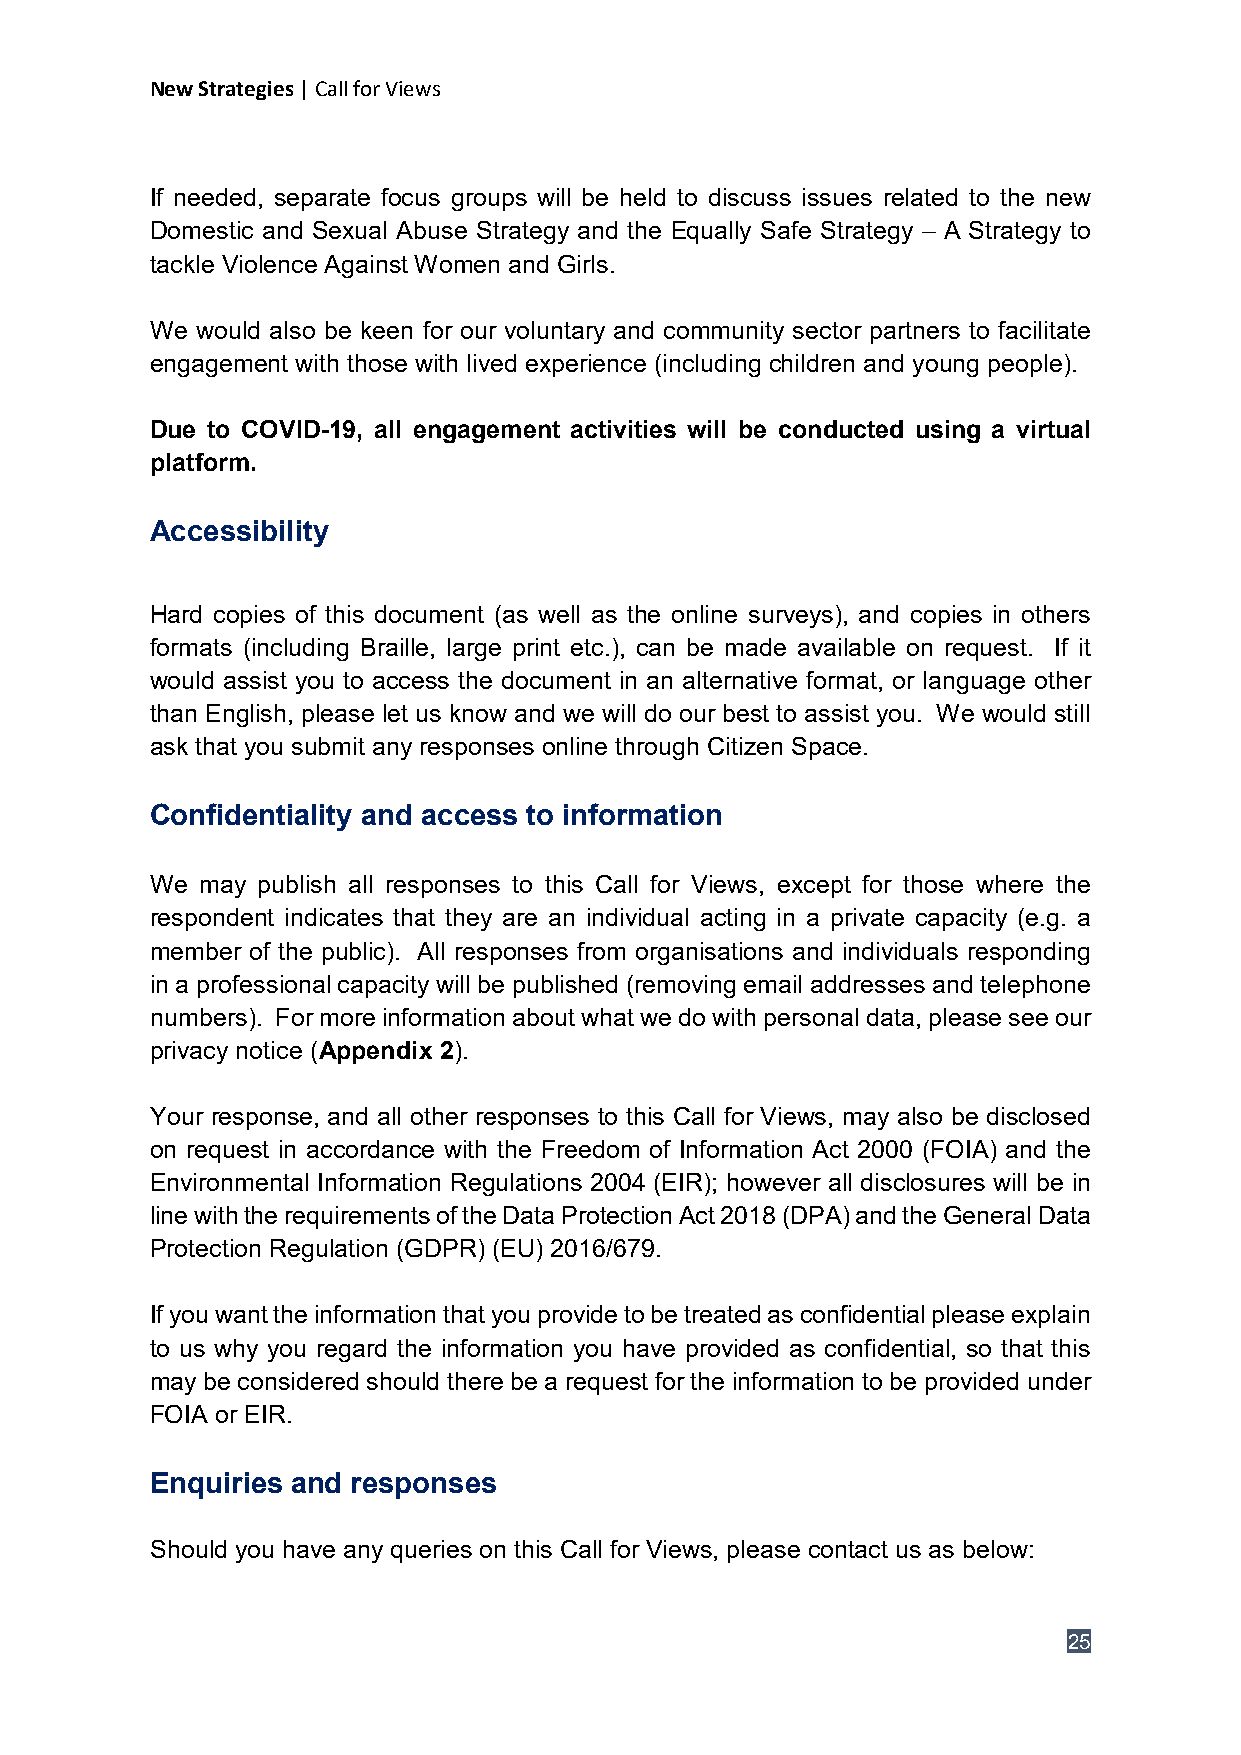
New Strategies | Call for Views
 If needed, separate focus groups will be held to discuss issues related to the new
 Domestic and Sexual Abuse Strategy and the Equally Safe Strategy – A Strategy to
 tackle Violence Against Women and Girls.
 We would also be keen for our voluntary and community sector partners to facilitate
 engagement with those with lived experience (including children and young people).
 Due to COVID-19, all engagement activities will be conducted using a virtual
 platform.
 Accessibility
 Hard copies of this document (as well as the online surveys), and copies in others
 formats (including Braille, large print etc.), can be made available on request. If it
 would assist you to access the document in an alternative format, or language other
 than English, please let us know and we will do our best to assist you. We would still
 ask that you submit any responses online through Citizen Space.
 Confidentiality and access to information
 We may publish all responses to this Call for Views, except for those where the
 respondent indicates that they are an individual acting in a private capacity (e.g. a
 member of the public). All responses from organisations and individuals responding
 in a professional capacity will be published (removing email addresses and telephone
 numbers). For more information about what we do with personal data, please see our
 privacy notice (Appendix 2).
 Your response, and all other responses to this Call for Views, may also be disclosed
 on request in accordance with the Freedom of Information Act 2000 (FOIA) and the
 Environmental Information Regulations 2004 (EIR); however all disclosures will be in
 line with the requirements of the Data Protection Act 2018 (DPA) and the General Data
 Protection Regulation (GDPR) (EU) 2016/679.
 If you want the information that you provide to be treated as confidential please explain
 to us why you regard the information you have provided as confidential, so that this
 may be considered should there be a request for the information to be provided under
 FOIA or EIR.
 Enquiries and responses
 Should you have any queries on this Call for Views, please contact us as below:
 25